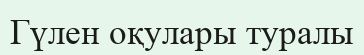
Гүлен оқулары туралы